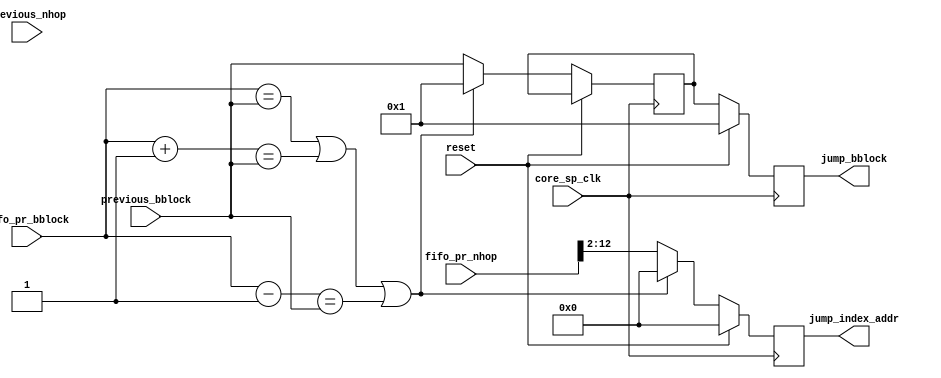
module stage3_2(
	  input			      reset,
        input                       core_sp_clk,
        input [31:0]                previous_bblock,
        input [31:0]                previous_nhop,
        input [31:0]		      fifo_pr_bblock,    
        input [31:0]                fifo_pr_nhop,
        output [12:2]     	      jump_index_addr,
        output [31:0]               jump_bblock
);
reg [12:2]     	      jump_index_addr_reg;
assign jump_index_addr = jump_index_addr_reg;
reg [31:0]     	      jump_bblock_reg;
reg [31:0]     	      jump_bblock_reg_tmp;
assign jump_bblock = jump_bblock_reg;
always @(posedge core_sp_clk)
begin
	if(reset) begin          
		        jump_index_addr_reg <= 0;
                    jump_bblock_reg <= 32'b00000000000000000000000000000001;
		    end else begin
                if ((fifo_pr_bblock == previous_bblock) || ((fifo_pr_bblock+1'b1) == previous_bblock) || ((fifo_pr_bblock-1'b1) == previous_bblock)) begin
                    jump_index_addr_reg <= 0;
                    jump_bblock_reg_tmp <= 32'b00000000000000000000000000000001;
                          end else begin
                    jump_index_addr_reg <= fifo_pr_nhop[12:2];
                    jump_bblock_reg_tmp <= previous_bblock;
                                   end
		    jump_bblock_reg <= jump_bblock_reg_tmp;
        end        
end
endmodule